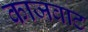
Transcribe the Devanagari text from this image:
काजवाट